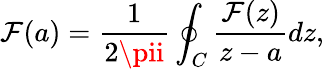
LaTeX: \mathcal{F}(a)={\frac{{1}}{{2\pii}}}\oint_{C}{\frac{{\mathcal{F}(z)}}{{z-a}}}dz,